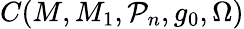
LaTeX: C(M,M_{1},\mathcal{P}_{n},g_{0},\Omega)